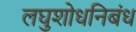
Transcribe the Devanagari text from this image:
लघुशोधनिबंध